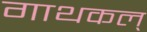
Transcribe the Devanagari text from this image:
गाथकल्